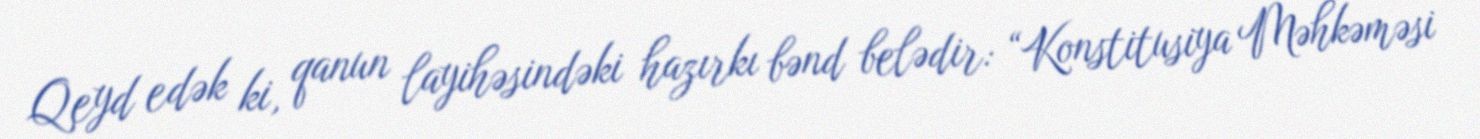
Qeyd edək ki, qanun layihəsindəki hazırkı bənd belədir: “Konstitusiya Məhkəməsi